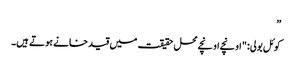
”
کوئل بولی: "اونچے اونچے محل حقیقت میں قید خانے ہوتے ہیں۔